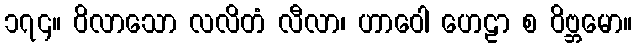
၁၇၄။ ဝိလာသော လလိတံ လီလာ၊ ဟာဝေါ ဟေဠာ စ ဝိဗ္ဘမော။